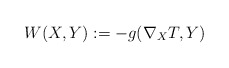
\begin{align*}W(X,Y):=-g( \nabla_XT,Y)\end{align*}